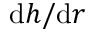
\mathrm { d } h / \mathrm { d } r